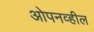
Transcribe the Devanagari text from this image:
ओपनव्हील